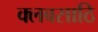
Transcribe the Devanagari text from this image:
क्लबसाठि